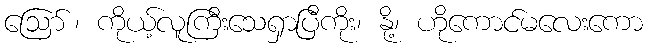
ဪ၊ ကိုယ့်လူကြီးသေရှာပြီကိုး၊ နို့၊ ဟိုကောင်မလေးကော